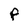
Character: F